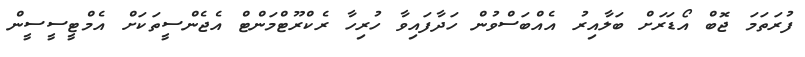
ފުރަތަމަ ޖޮބް އޯޑަރަށް ބަލާއިރު އެއްބަސްވުން ހަދާފައިވާ ހުރިހާ ރެކްރޫޓްމަންޓް އެޖެންސީތަކަށް އެމްޓީސީސީން